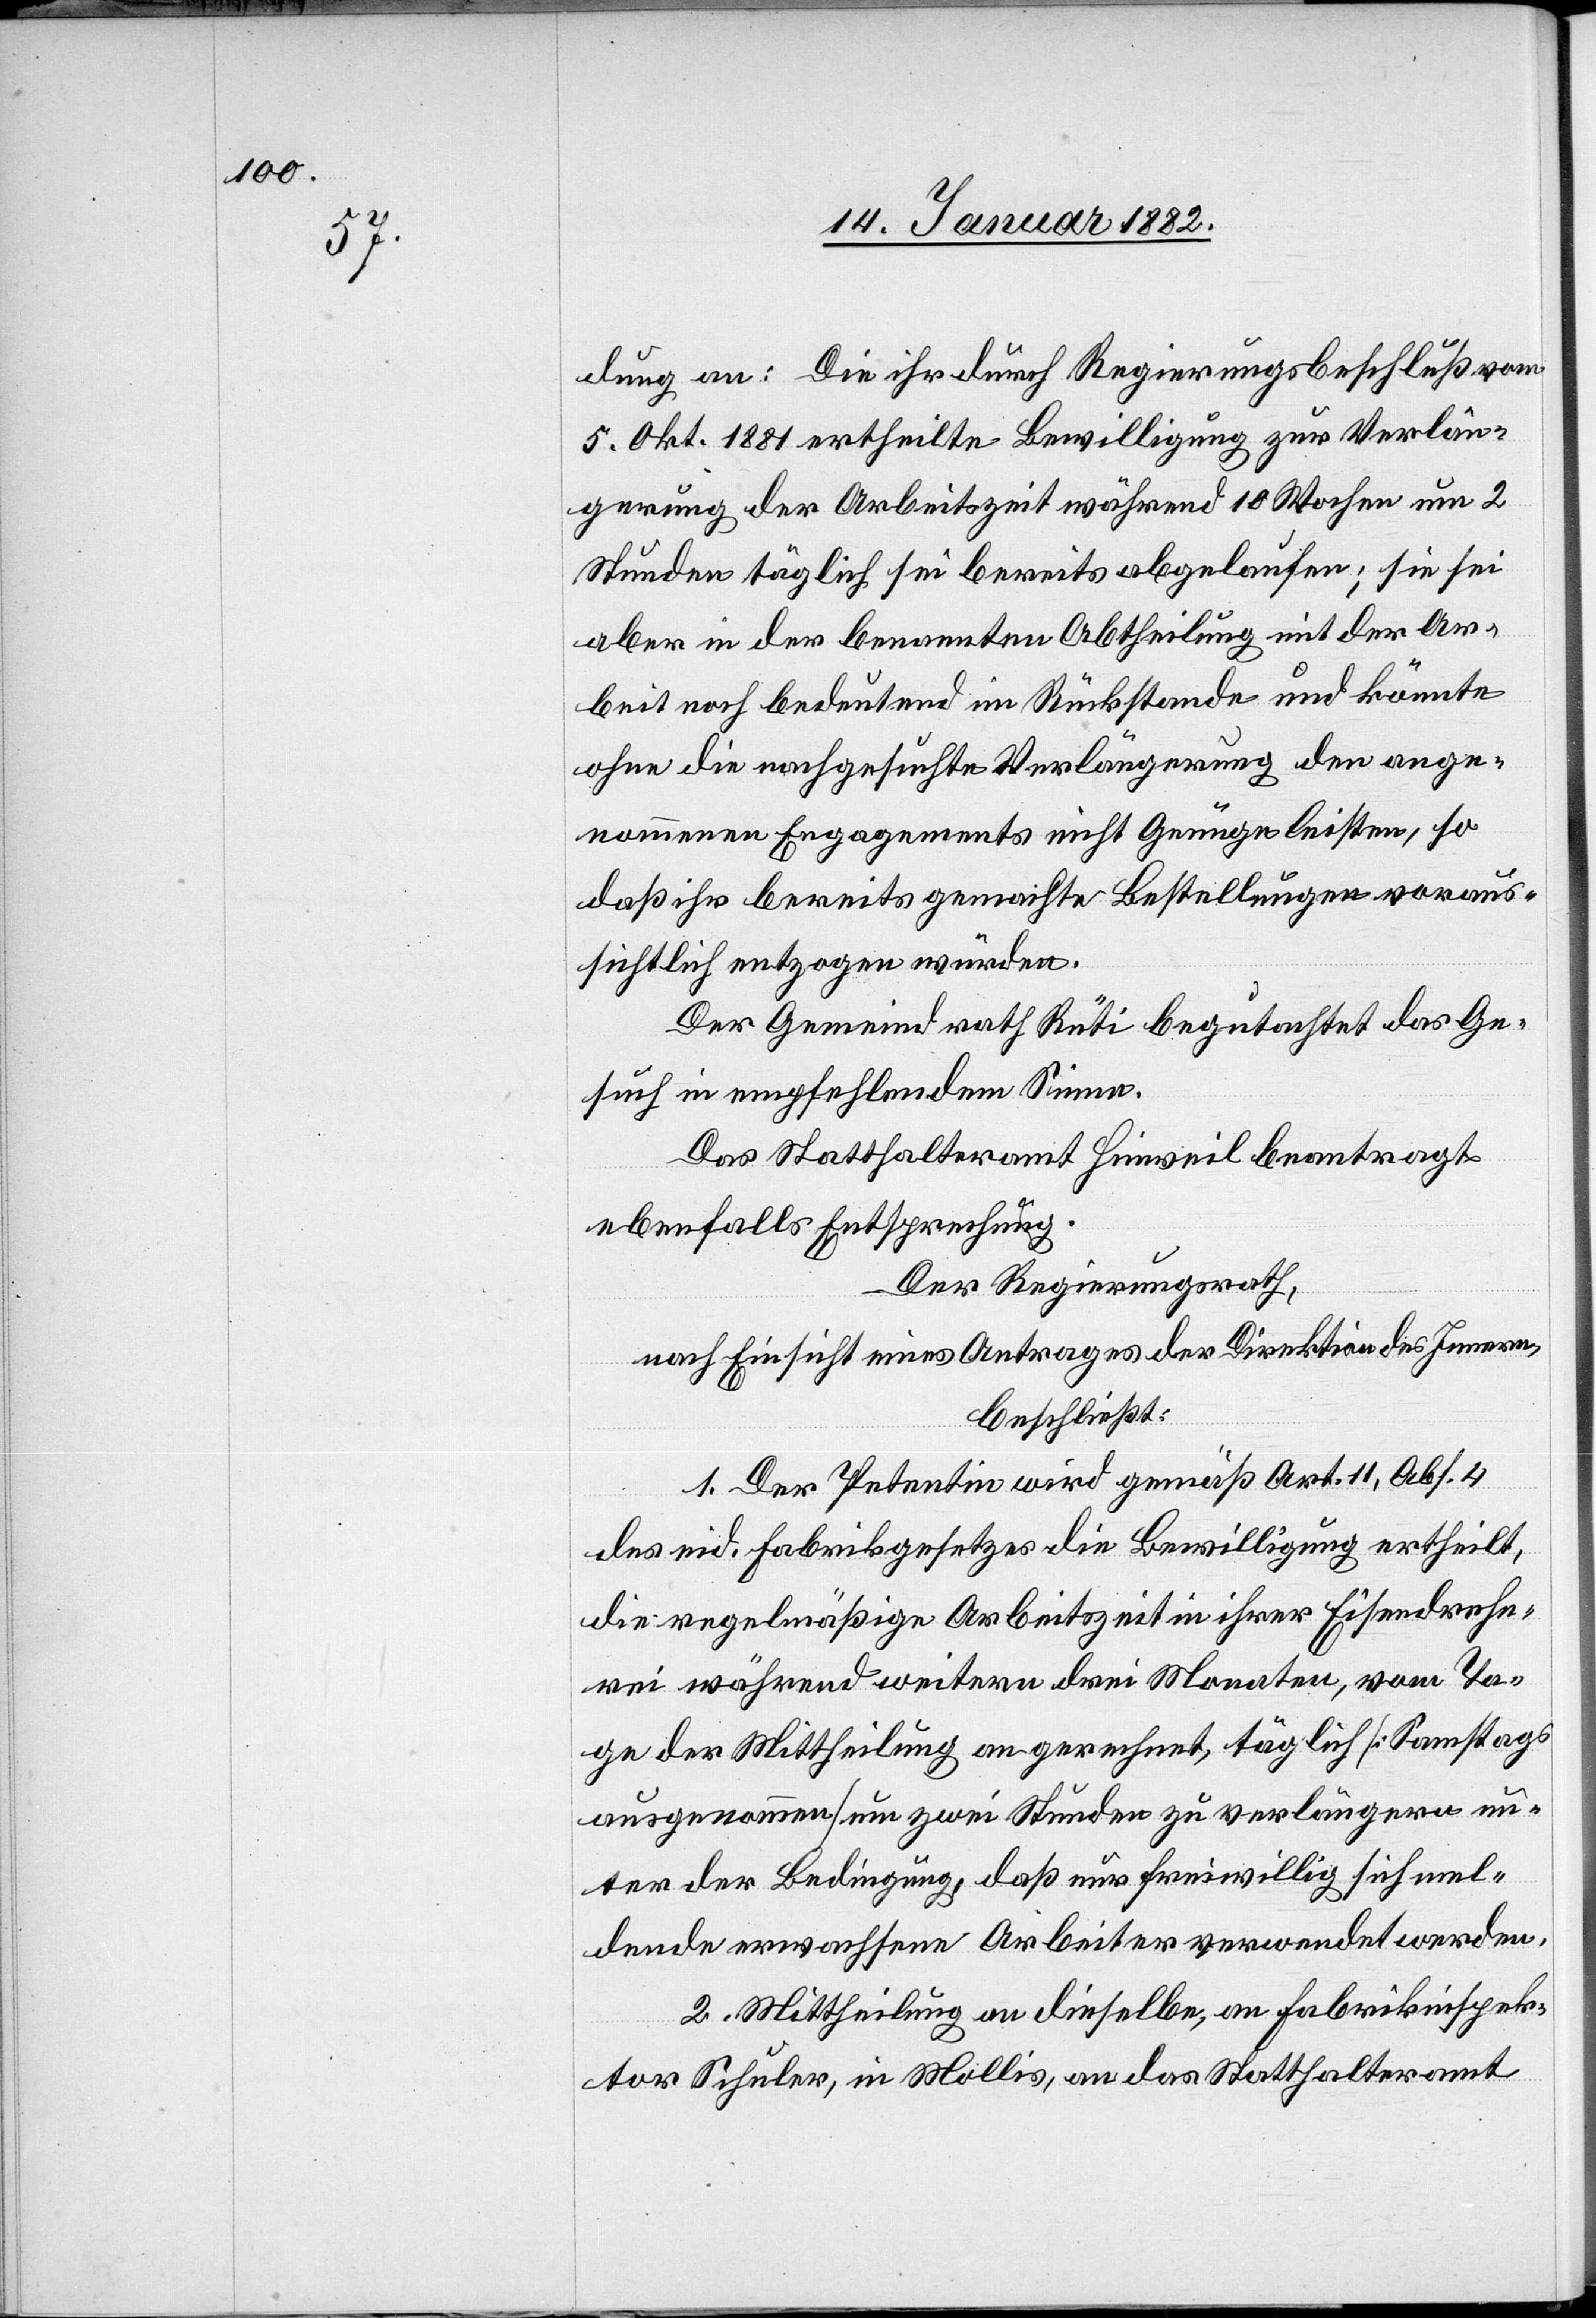
dung an: Die ihr durch Regierungsbeschluß vom
5. Okt. 1881 ertheilte Bewilligung zur Verlän¬
gerung der Arbeitszeit während 10 Wochen um 2
Stunden täglich sei bereits abgelaufen; sie sei
aber in der benannten Abtheilung mit der Ar¬
beit noch bedeutend im Rückstande und könnte
ohne die nachgeführte Verlängerung den ange¬
nommenen Engagements nicht Genüge leisten, so
daß ihr bereits gemachte Bestellungen voraus¬
sichtlich entzogen würden.
Der Gemeindrath Rüti begutachtet das Ge¬
such in empfehlendem Sinne.
Das Statthalteramt Hinweil beantragt
ebenfalls Entsprechung.
Der Regierungsrath,
nach Einsicht eines Antrages der Direktion des Innern,
beschließt:
1. Der Petentin wird gemäß Art. 11, Abs. 4
des eid. Fabrikgesetzes die Bewilligung ertheilt,
die regelmäßige Arbeitszeit in ihrer Eisendrehe¬
rei während weiteren drei Monaten, vom Ta¬
ge der Mittheilung an gerechnet, täglich [Samstags
ausgenommen] um zwei Stunden zu verlängern un¬
ter der Bedingung, daß nur freiwillig sich mel¬
dende erwachsene Arbeiter verwendet werden.
2. Mittheilung an dieselben, an Fabrikinspek¬
tor Schuler, in Mollis, an das Statthalteramt